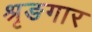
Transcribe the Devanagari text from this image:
श्रृङगार